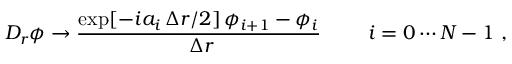
D _ { r } \phi \to { \frac { \exp [ - i a _ { i } \, \Delta r / 2 ] \, \phi _ { i + 1 } - \phi _ { i } } { \ \Delta r } } { } ~ ~ ~ ~ ~ ~ ~ i = 0 \cdots N - 1 \ ,